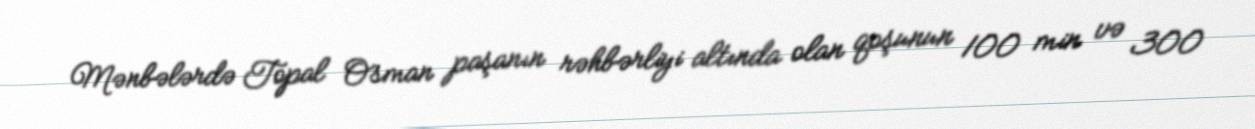
Mənbələrdə Topal Osman paşanın rəhbərliyi altında olan qoşunun 100 min və 300